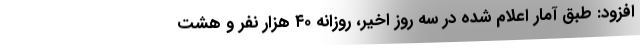
افزود: طبق آمار اعلام شده در سه روز اخیر، روزانه ۴۰ هزار نفر و هشت